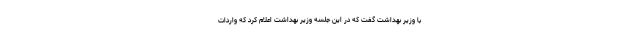
با وزیر بهداشت گفت که در این جلسه وزیر بهداشت اعلام کرد که واردات